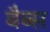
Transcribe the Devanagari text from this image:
बैब्स